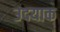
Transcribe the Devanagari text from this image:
उदयाक